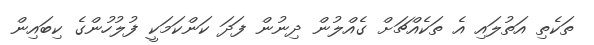
ތަކެތި އަތުލައި އެ ތަކެއްޗަށް ގެއްލުން ދިނުން ފަދަ ކަންކަމަކީ ފުލުހުންގެ ކިބައިން